Leaving Certificate, 1897
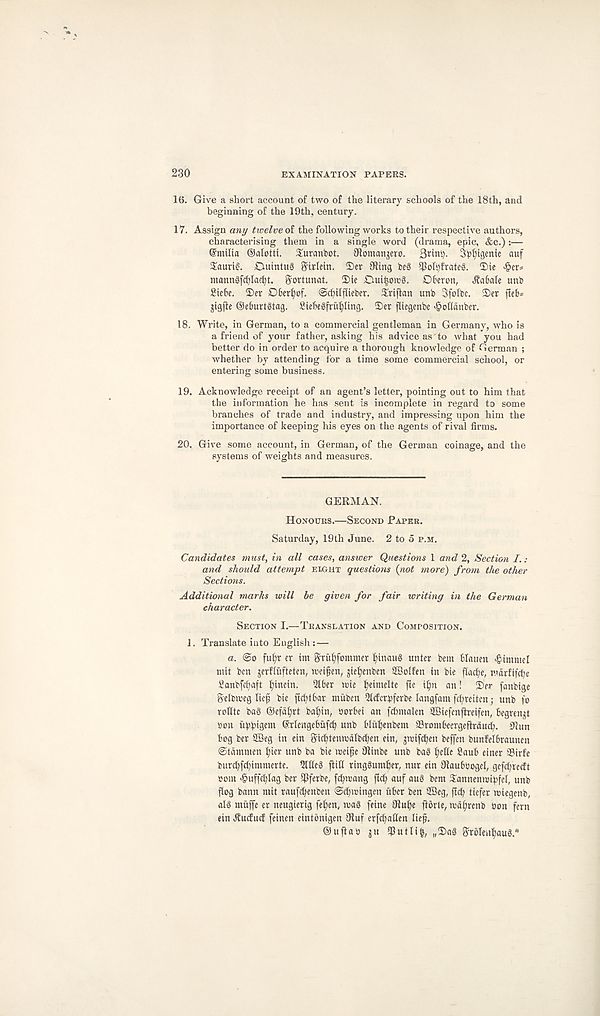
230
EXAMINATION PAPERS.
16. Give a short account of two of the literary schools of the 18th, and
beginning of the 19th, century.
17. Assign any twelve of the following works to their respective authors,
characterising them in a single word (drama, epic, &c.) :—
(gmilta ©alotti. Suranbot. Otomanjeto.
3pf)tgenie auf
ShutiS. CuintuS ^Weitt. ©et 9Ung beS mol^frate^. ®ic >§er=
manngfc^Ia^t. ^ortunat. ©ie Ouilorcg. Dfreron, ^abale unb
2ie6e. ©er ©6er()of. @cbilf(ieber. ©riflan unb Sfolbc. ©er fleb=
jigfle ©eburtgtag. Siebegfrii^Iing. ©er fltegenbe >§ot(dnber.
18. Write, in German, to a commercial gentleman in Germany, who is
a friend of your father, asking his advice as to what you had
better do in order to acquire a thorough knowledge of German ;
whether by attending for a time some commercial school, or
entering some business.
19. Acknowledge receipt of an agent’s letter, pointing out to him that
the information he has sent is incomplete in regard to some
branches of trade and industry, and impressing upon him the
importance of keeping his eyes on the agents of rival firms.
20. Give some account, in German, of the German coinage, and the
systems of weights and measures.
GERMAN.
Honours.—Second Paper.
Saturday, 19th June. 2 to o p.m.
Candidates must, in all cases, answer Questions 1 and 2, Section I.:
and should attempt eight questions {not more) from the other
Sections.
Additional marks will be given for fair writing in the German
character.
Section I.—Translation and Composition.
1. Translate into English:—
a. @o fuljr er im grittyfommev ()inaug unter bent Hauen *gimmel
mit ben jerflitfteten, treifen, giefyenben SBolfen in bte flacfye, tvarfifctye
Sanbfcfyaft ffinetn. Qlber trie fyeimelte fte tljn an! ©er fanbige
8' elbnjeg lief bte ftditbar muben 5lcferpferbe langfanv fcfreiten; unb fo
rolltc bag ©efdfrt baftn, sorbet an fcbmalen SBiefenjireifen, begmigt
oon itppigem (Mengebufcf unb blufenbem SSrontbeergeftreiucfy. 91 un
bog ber 2Beg in ein Stcftemndlbcben ein, groiftfen beffen bunfelbraunen
©tdmnten ficr unb ba bie tceife tRinbe unb bag fellc Saub einer ©irfe
butcffcl^intntcrte. 51 (leg ftill ringgumber, nur ein Olauboogel, gefcfrecft
com «§uffcblag ber iPferbe, fcfroang ftcf auf aug bent ©annemoipfel, unb
flog bann mit raufdjenben Scficingen rtbcr ben 23eg, fit^ tiefer wiegenb,
alg muffe er neugierig fefen, tvag feine Jlufe jlorle, mdfrenb bon fern
ein Hucfiuf feinen eintonigen 91uf erfcfalien lief.
©it{lab gu 5Putli|, ,,©ag ^roleu^aug.' '